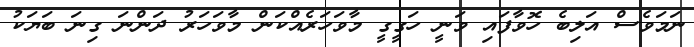
ނަމަވެސް އަލިބެ ހޮވާފައި ވަނީ ހަގީގީ މާވަހަރެއްކަން މާވަހަރު ދަންނަ ގިނަ ބަޔަކު